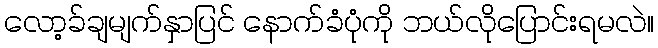
လော့ခ်ချမျက်နှာပြင် နောက်ခံပုံကို ဘယ်လိုပြောင်းရမလဲ။